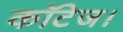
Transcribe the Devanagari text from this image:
कॉटेज।